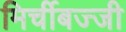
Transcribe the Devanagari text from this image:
मिर्चीबज्जी